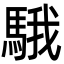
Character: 騀